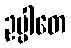
ဥပ္ပါတေ